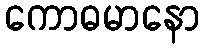
ကောဓမာနော